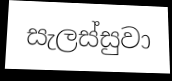
සැලස්සුවා